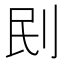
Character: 刡